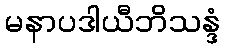
မနာပဒါယီဘိသန္ဒံ